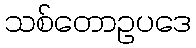
သစ်တောဥပဒေ